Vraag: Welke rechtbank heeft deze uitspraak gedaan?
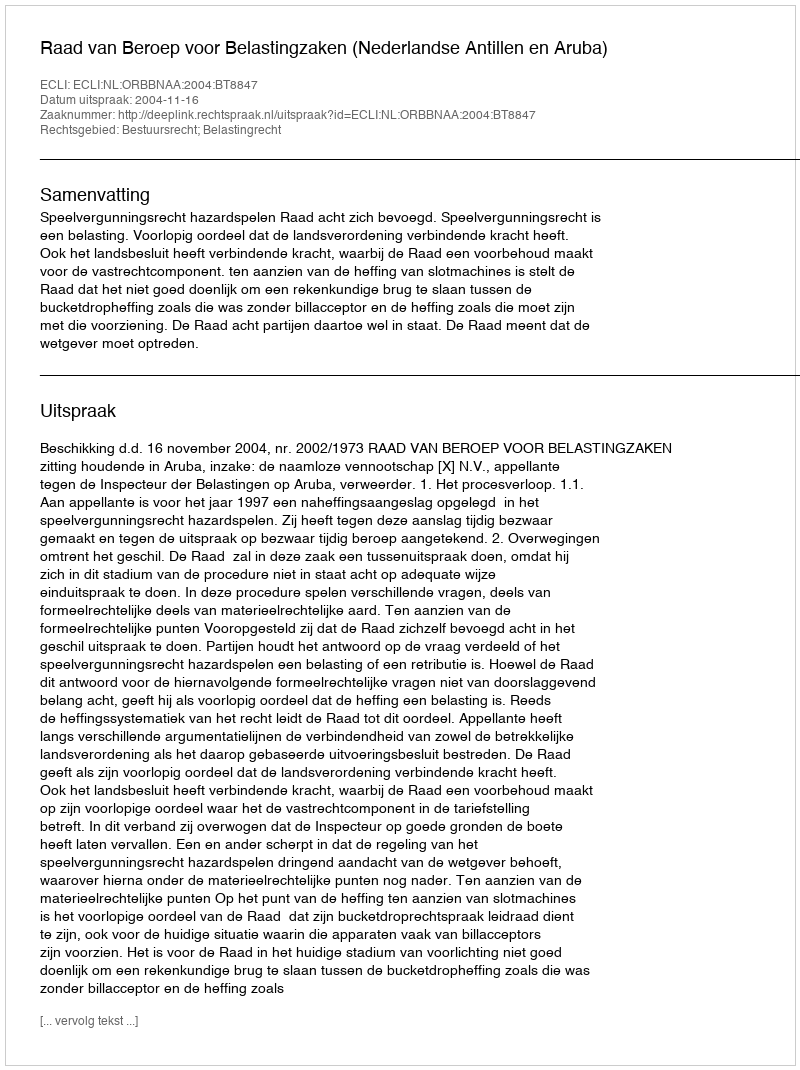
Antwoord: Raad van Beroep voor Belastingzaken (Nederlandse Antillen en Aruba)